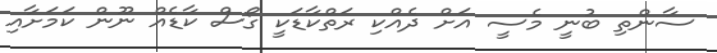
ސާންތި ބުނީ މެސީ އަށް ދެއްކި ރަތްކާޑަކީ ގޯސް ކާޑެއް ނޫން ކަމަށާއި